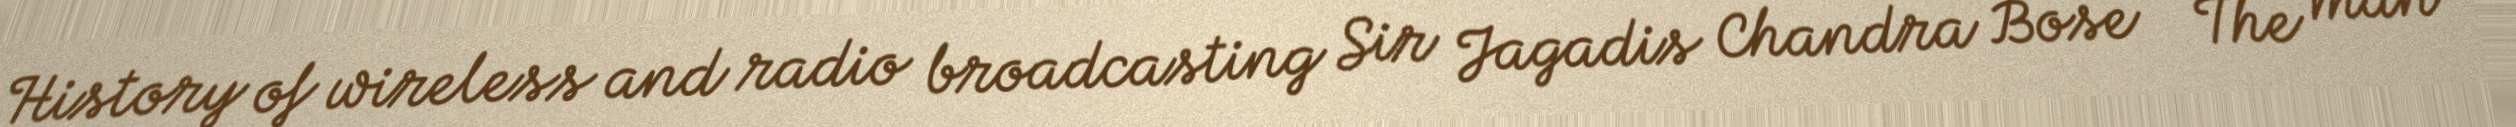
History of wireless and radio broadcasting Sir Jagadis Chandra Bose - The man